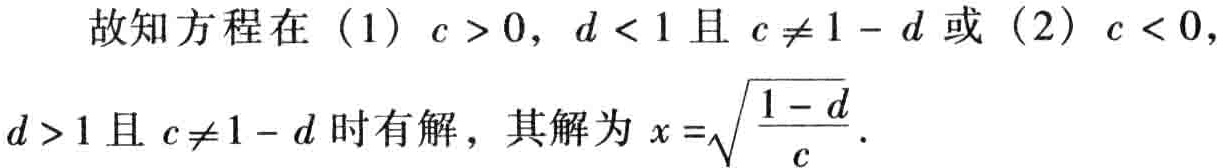
故知方程在（1）\(c > 0\)，\(d < 1\)且\(c \neq 1 - d\)或（2）\(c < 0\)，\(d > 1\)且\(c \neq 1 - d\)时有解，其解为\(x =\sqrt{\dfrac{1 - d}{c}}\)。